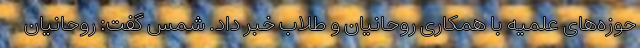
حوزه‌های علمیه با همکاری روحانیان و طلاب خبر داد. شمس گفت: روحانیان